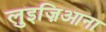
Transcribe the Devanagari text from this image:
लुइज़िआना